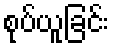
စုပ်ယူခြင်း